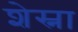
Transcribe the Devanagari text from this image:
शेस्ना